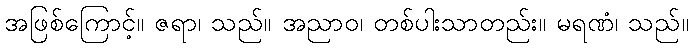
အဖြစ်ကြောင့်။ ဇရာ၊ သည်။ အညာဝ၊ တစ်ပါးသာတည်း။ မရဏံ၊ သည်။